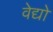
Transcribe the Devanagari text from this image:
वेद्यो